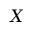
\boldsymbol { X }